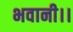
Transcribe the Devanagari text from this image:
भवानी।।